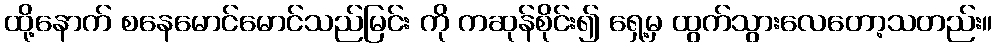
ထို့နောက် စနေမောင်မောင်သည်မြင်း ကို ကဆုန်စိုင်း၍ ရှေ့မှ ထွက်သွားလေတော့သတည်း။